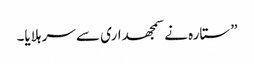
”ستارہ نے سمجھداری سے سر ہلایا۔